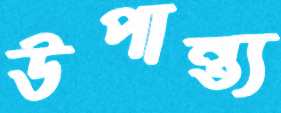
উপান্ত্য